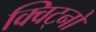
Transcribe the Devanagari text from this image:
क्विट्नो